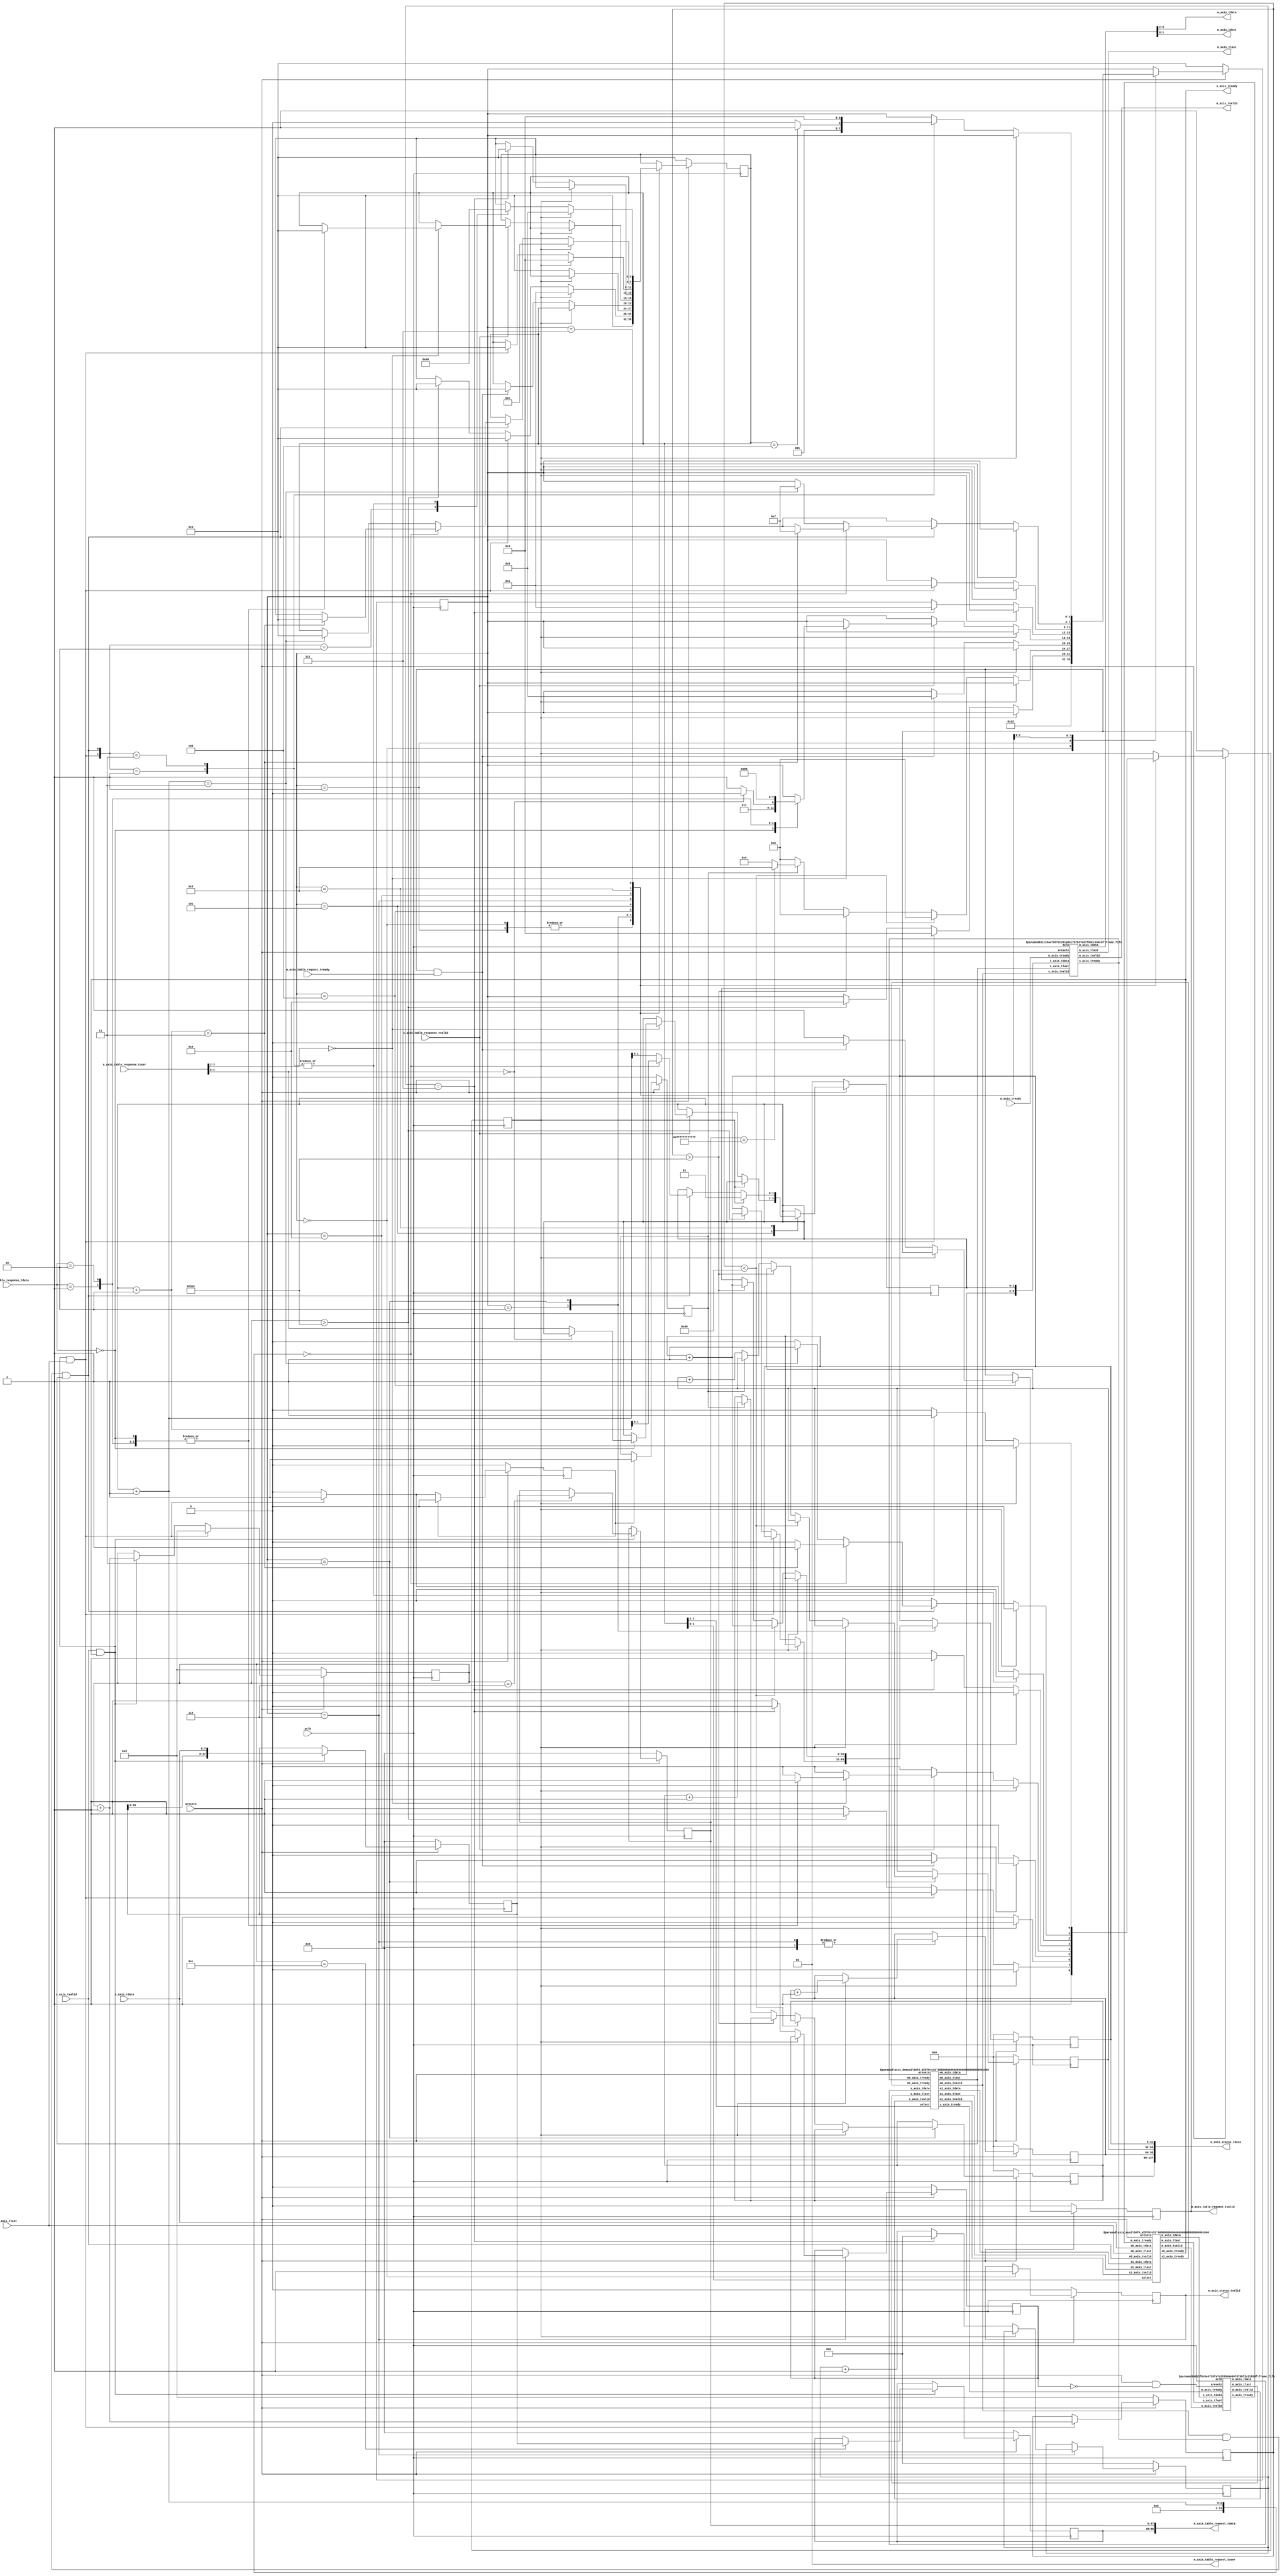
`timescale 1ns / 1ps
//////////////////////////////////////////////////////////////////////////////////
// Company:
// 
// Design Name: 
// Module Name: channel_in
// Project Name: eth_switch
// Target Devices:
// Tool Versions:
// Description: Input channel
// 
// Dependencies: 
// 
// Revision:
// Revision 0.01 - File Created
// Additional Comments:
// License: MIT
//  Copyright (c) 2020 Dmitry Matyunin
//  Permission is hereby granted, free of charge, to any person obtaining a copy
//  of this software and associated documentation files (the "Software"), to deal
//  in the Software without restriction, including without limitation the rights
//  to use, copy, modify, merge, publish, distribute, sublicense, and/or sell
//  copies of the Software, and to permit persons to whom the Software is
//  furnished to do so, subject to the following conditions:
//
//  The above copyright notice and this permission notice shall be included in
//  all copies or substantial portions of the Software.
//
//  THE SOFTWARE IS PROVIDED "AS IS", WITHOUT WARRANTY OF ANY KIND, EXPRESS OR
//  IMPLIED, INCLUDING BUT NOT LIMITED TO THE WARRANTIES OF MERCHANTABILITY
//  FITNESS FOR A PARTICULAR PURPOSE AND NONINFRINGEMENT. IN NO EVENT SHALL THE
//  AUTHORS OR COPYRIGHT HOLDERS BE LIABLE FOR ANY CLAIM, DAMAGES OR OTHER
//  LIABILITY, WHETHER IN AN ACTION OF CONTRACT, TORT OR OTHERWISE, ARISING FROM,
//  OUT OF OR IN CONNECTION WITH THE SOFTWARE OR THE USE OR OTHER DEALINGS IN
//  THE SOFTWARE.
// 
//////////////////////////////////////////////////////////////////////////////////

(* KEEP_HIERARCHY = "YES" *)
module channel_in #(
	parameter PORT_ADDR = 0,
	parameter PORT_HIGH = 3,
	parameter ETHERNET_MTU = 1500,
	parameter FLOODING_ENABLE = 1,
	parameter CRC_CHECK = 0,
	parameter PORT_WIDTH = $clog2(PORT_HIGH+1)
)
(
	input wire aclk,
	input wire aresetn,
	// Income frames
	input wire [7:0]s_axis_tdata,
	input wire s_axis_tvalid,
	output wire s_axis_tready,
	input wire s_axis_tlast,
	// Outcome frames
	output wire [7:0]m_axis_tdata,
	output wire [PORT_WIDTH-1:0]m_axis_tdest,
	output wire m_axis_tvalid,
	input wire m_axis_tready,
	output wire m_axis_tlast,
	// Table read request
	output wire [95:0]m_axis_table_request_tdata,
	output wire [PORT_WIDTH-1:0]m_axis_table_request_tuser,
	output wire m_axis_table_request_tvalid,
	input wire m_axis_table_request_tready,
	// Table read response
	input wire [3:0]s_axis_table_response_tdata,
	input wire [PORT_WIDTH*2-1:0]s_axis_table_response_tuser,
	input wire s_axis_table_response_tvalid,
	// Status: {frames, dropped, error_crc, error_len}
	output wire [127:0]m_axis_status_tdata,
	output wire m_axis_status_tvalid
);

localparam FRAME_HDR_SIZE = 14;
localparam FRAME_FCS_SIZE = 4;
localparam FRAME_SIZE_MIN = 64;
localparam FRAME_SIZE_MAX = ETHERNET_MTU + (FRAME_HDR_SIZE + FRAME_FCS_SIZE); // usually 1518

localparam [47:0]MAC_BROADCAST = 48'hFFFFFFFFFFFF;

localparam MAC_DST_THRE = 6;
localparam MAC_SRC_THRE = 12;

localparam [3:0]
	STATE_STARTUP = 0,
	STATE_IDLE = 1,
	STATE_INCOME = 2,
	STATE_CHECK = 3,
	STATE_ADDR_REQUEST = 4,
	STATE_ADDR_RESPONSE = 5,
	STATE_DROP = 6,
	STATE_OUTCOME = 7,
	STATE_BROADCAST = 8, 	// +FLOODING
	STATE_FLUSHING = 9;

localparam [1:0]
	MUX_NONE = 2'b00,
	MUX_EXT = 2'b01,
	MUX_LOOP = 2'b10,
	MUX_FLUSH = 2'b11;

localparam [1:0]
	DEMUX_NONE = 2'b00,
	DEMUX_EXT = 2'b01,
	DEMUX_LOOP = 2'b10,
	DEMUX_BROAD = 2'b11;

localparam [3:0]
	FLOW_FORBIDDEN = {DEMUX_NONE,MUX_NONE},
	FLOW_FLUSH = {DEMUX_NONE,MUX_FLUSH},
	FLOW_INCOMING = {DEMUX_NONE,MUX_EXT},
	FLOW_LOOPBACK = {DEMUX_BROAD,MUX_LOOP},
	FLOW_OUTCOMING = {DEMUX_EXT,MUX_NONE},
	FLOW_THROUGH = {DEMUX_EXT,MUX_EXT};

localparam [3:0]
	TABLE_STATUS_OK = 0,
	TABLE_STATUS_NOTINTABLE = 1,
	TABLE_STATUS_ERROR = 2;

/* Validation */
wire income_valid;
wire income_last;
wire outcome_valid;
wire outcome_last;

/* State machine */
reg [3:0]state;
reg state_new;
reg [15:0]byte_counter;
reg [3:0]flow;
reg [15:0]frame_len;

/* State tasks */
task set_state;
	input [3:0]state_next;
	begin
		state <= state_next;
		state_new <= 1'b1;
		flow <= FLOW_FORBIDDEN;
	end 
endtask

task clr_state;
	begin
		state_new <= 1'b0;
	end 
endtask

task set_flow;
	input [3:0]flow_next;
	begin
		flow <= flow_next;
	end 
endtask

/* MAC addresses */
reg [47:0]mac_tmp;
reg [47:0]mac_dst;
reg [47:0]mac_src;

/* Port destination */
reg [PORT_WIDTH-1:0]port_dst;

/* Status counters */
reg status_valid;
reg [31:0]status_frames;
reg [31:0]status_dropped;
reg [31:0]status_error_crc;
reg [31:0]status_error_len;

/* Status tasks */
task frames_inc; begin
	status_frames <= status_frames + 1;
end endtask

task dropped_inc; begin
	status_dropped <= status_dropped + 1;
end endtask

task error_crc_inc; begin
	status_error_crc <= status_error_crc + 1;
end endtask

task error_len_inc; begin
	status_error_len <= status_error_len + 1;
end endtask

/* MUX */
wire [7:0]mux_m_data;
wire mux_m_valid;
wire mux_m_ready;
wire mux_m_last;
wire [1:0]mux_select;

/* FIFO */
wire [7:0]fifo_data;
wire fifo_valid;
wire fifo_ready;
wire fifo_last;
reg fifo_rst;
reg [2:0]fifo_rcnt;

/* DEMUX */
wire [7:0]demux_m1_data;
wire demux_m1_valid;
wire demux_m1_ready;
wire demux_m1_last;
wire [1:0]demux_select;

/* FCS */
reg fcs_rst;
wire fcs_magic;
reg crc_valid;

/* Address resolve */
reg request_valid;
wire request_done;
wire response_valid;
wire [3:0]response_status;
wire [PORT_WIDTH-1:0]response_port_dst;
wire [PORT_WIDTH-1:0]response_port_src;

wire [7:0]m_axis_out_tdata;
wire [PORT_WIDTH-1:0]m_axis_out_tdest;
wire m_axis_out_tvalid;
wire m_axis_out_tready;
wire m_axis_out_tlast;

assign mux_select = flow[1:0];
assign demux_select = flow[3:2];

assign income_valid = s_axis_tvalid & s_axis_tready;
assign income_last = s_axis_tvalid & s_axis_tready & s_axis_tlast;
assign outcome_valid = m_axis_out_tvalid & m_axis_out_tready;
assign outcome_last = m_axis_out_tvalid & m_axis_out_tready & m_axis_out_tlast;

assign m_axis_out_tdest = port_dst;

assign m_axis_table_request_tdata = {mac_src,mac_dst};
assign m_axis_table_request_tuser = PORT_ADDR;
assign m_axis_table_request_tvalid = request_valid;

assign request_done = m_axis_table_request_tvalid & m_axis_table_request_tready;
assign response_valid = s_axis_table_response_tvalid;
assign response_status = s_axis_table_response_tdata[3:0];
assign response_port_dst = s_axis_table_response_tuser[PORT_WIDTH*1-1-:PORT_WIDTH];
assign response_port_src = s_axis_table_response_tuser[PORT_WIDTH*2-1-:PORT_WIDTH];

assign m_axis_status_tdata = {status_frames,status_dropped,status_error_crc,status_error_len};
assign m_axis_status_tvalid = status_valid;

/* Byte counter */
always @(posedge aclk) begin
	if (aresetn == 1'b0) begin
		byte_counter <= 0;
		frame_len <= 0;
	end else begin
		if (income_last == 1'b1) begin
			byte_counter <= 0;
			frame_len <= byte_counter + 1;
		end else begin
			if (income_valid == 1'b1) begin
				byte_counter <= byte_counter + 1;
			end
		end
	end
end

/* MAC Receiver */
always @(posedge aclk) begin
	if (aresetn == 1'b0) begin
		mac_tmp <= 0;
		mac_dst <= 0;
		mac_src <= 0;
	end else begin
		if (income_valid == 1'b1) begin
		    mac_tmp <= {mac_tmp[39:0],s_axis_tdata};
			case (byte_counter)
			MAC_DST_THRE: mac_dst <= mac_tmp;
			MAC_SRC_THRE: mac_src <= mac_tmp;
			default: begin
				mac_dst <= mac_dst;
				mac_src <= mac_src;
			end
			endcase
		end
	end
end

/* FCS Control */
always @(posedge aclk) begin
	if (aresetn == 1'b0) begin
		fcs_rst <= 1'b0;
		crc_valid <= 1'b0;
	end else begin
		if (fcs_rst == 1'b0) begin
			if (income_last == 1'b1)
				fcs_rst <= 1'b1;
		end else begin
			fcs_rst <= 1'b0;
			crc_valid <= fcs_magic;
		end
	end
end

/* Flow Control State Machine (FCSM) */
always @(posedge aclk) begin
	if (aresetn == 1'b0) begin
		set_state(STATE_STARTUP);
		request_valid <= 1'b0;
		port_dst <= 0;
		status_valid <= 1'b0;
		status_frames <= 0;
		status_dropped <= 0;
		status_error_crc <= 0;
		status_error_len <= 0;
		fifo_rst <= 1'b0;
		fifo_rcnt <= 0;
	end else begin
		case (state)
		STATE_STARTUP: begin
			status_valid <= 1'b1;
			set_state(STATE_IDLE);
		end
		STATE_IDLE: begin
			set_state(STATE_INCOME);
		end
		STATE_INCOME: begin
			if (state_new) begin
				set_flow(FLOW_INCOMING);
				clr_state();
			end else begin
				if (income_last) begin
					set_state(STATE_CHECK);
				end else begin
					if (byte_counter > FRAME_SIZE_MAX) begin
						set_state(STATE_FLUSHING);
						error_len_inc();
					end
				end
			end
		end
		STATE_CHECK: begin
			if (state_new) begin
				clr_state();
			end else begin
				if (frame_len < FRAME_SIZE_MIN) begin
					set_state(STATE_DROP);
					error_len_inc();
				end else if (frame_len > FRAME_SIZE_MAX) begin
					set_state(STATE_DROP);
					error_len_inc();
				end else begin
					if (crc_valid == 1'b1) begin
						frames_inc();
						if (mac_dst == MAC_BROADCAST) begin
							set_state(STATE_BROADCAST);
						end else begin
							set_state(STATE_ADDR_REQUEST);
						end
					end else begin
						set_state(STATE_DROP);
						error_crc_inc();
					end
				end
			end
		end
		STATE_ADDR_REQUEST: begin
			if (state_new) begin
				clr_state();
			end else begin
				if (request_done == 1'b1) begin
					request_valid <= 1'b0;
					set_state(STATE_ADDR_RESPONSE);
				end else begin
					request_valid <= 1'b1;
				end
			end
		end
		STATE_ADDR_RESPONSE: begin
			if (state_new) begin
				clr_state();
			end else begin
				if (response_valid == 1'b1) begin
					if (response_port_src == PORT_ADDR) begin
						case (response_status)
						TABLE_STATUS_OK: begin
							if (response_port_dst == PORT_ADDR) begin
								set_state(STATE_DROP);
							end else begin
								port_dst <= response_port_dst;
								set_state(STATE_OUTCOME);
							end
						end
						TABLE_STATUS_NOTINTABLE: begin
							if (FLOODING_ENABLE) begin
								set_state(STATE_BROADCAST);
							end else begin
							 	set_state(STATE_DROP);
							end
						end
						TABLE_STATUS_ERROR: begin
							set_state(STATE_DROP);
						end
						endcase
					end
				end
			end
		end
		STATE_DROP: begin
			if (state_new) begin
				clr_state();
				dropped_inc();
			end else begin
				if (fifo_rcnt == 3'b111) begin
					fifo_rcnt <= 0;
					fifo_rst <= 1'b0;
					set_state(STATE_IDLE);
				end else begin
					fifo_rst <= 1'b1;
					fifo_rcnt <= fifo_rcnt + 1;
				end
			end
		end
		STATE_FLUSHING: begin
			if (state_new) begin
				clr_state();
				set_flow(FLOW_FLUSH);
				dropped_inc();
			end else begin
				if (income_last) begin
					set_state(STATE_IDLE);
				end
			end
		end
		STATE_BROADCAST: begin
			if (state_new) begin
				if (PORT_ADDR) begin
					port_dst <= 0;
				end else begin
					port_dst <= 1;
				end
				set_flow(FLOW_LOOPBACK);
				clr_state();
			end else begin
				if (outcome_last == 1'b1) begin
					if ((port_dst + 1) == PORT_ADDR) begin
						port_dst <= port_dst + 2;
					end else begin
						port_dst <= port_dst + 1;
					end
				
					if (PORT_ADDR == PORT_HIGH) begin
						if ((port_dst + 1) == (PORT_HIGH - 1)) begin
							set_state(STATE_OUTCOME);
						end
					end else begin
						if ((port_dst + 1) == PORT_ADDR) begin
							if ((port_dst + 2) == PORT_HIGH) begin
								set_state(STATE_OUTCOME);
							end
						end else begin
							if ((port_dst + 1) == PORT_HIGH) begin
								set_state(STATE_OUTCOME);
							end
						end
					end
				end
 			end
		end
		STATE_OUTCOME: begin
			if (state_new) begin
				clr_state();
				set_flow(FLOW_THROUGH);
			end else begin
				case ({income_last,outcome_last})
					2'b01: begin
						if (flow == FLOW_OUTCOMING) begin
							set_state(STATE_CHECK);
						end else begin
							set_state(STATE_INCOME);
						end
					end
					2'b10: begin
						set_flow(FLOW_OUTCOMING);
					end
					2'b11: begin
						set_state(STATE_CHECK);
					end
					default: ;
				endcase
			end
		end
		endcase
	end
end

generate if (CRC_CHECK) begin
	frame_fcs #(
		.DATA_WIDTH(8),
		.OUTPUT_REG(1),
		.REFIN(1),
		.REFOUT(1),
		.XOROUT(1)
	) frame_fcs_inst (
		.clk(aclk),
		.rst(~aresetn | fcs_rst),
		.enable(income_valid),
		.data(s_axis_tdata),
		.fcs(),
		.magic(fcs_magic)
	);
end else begin
	assign fcs_magic = 1'b1;
end endgenerate

axis_mux2 #(
	.DATA_WIDTH(8)
) axis_mux2_inst (
	.aresetn(aresetn),
	.s0_axis_tdata(s_axis_tdata),
	.s0_axis_tvalid(s_axis_tvalid),
	.s0_axis_tready(s_axis_tready),
	.s0_axis_tlast(s_axis_tlast),
	.s1_axis_tdata(demux_m1_data),
	.s1_axis_tvalid(demux_m1_valid),
	.s1_axis_tready(demux_m1_ready),
	.s1_axis_tlast(demux_m1_last),
	.m_axis_tdata(mux_m_data),
	.m_axis_tvalid(mux_m_valid),
	.m_axis_tready(mux_m_ready),
	.m_axis_tlast(mux_m_last),
	.select(mux_select)
);

frame_fifo #(
	.PACKET_MODE(1),
	.PACKET_MAXNUM(2),
	.DATA_WIDTH(8),
	.FIFO_DEPTH(2048),
	.RAM_STYLE("block")
) frame_fifo_in_inst (
	.aclk(aclk),
	.aresetn(aresetn & ~fifo_rst),
	.s_axis_tdata(mux_m_data),
	.s_axis_tvalid(mux_m_valid),
	.s_axis_tready(mux_m_ready),
	.s_axis_tlast(mux_m_last),
	.m_axis_tdata(fifo_data),
	.m_axis_tvalid(fifo_valid),
	.m_axis_tready(fifo_ready),
	.m_axis_tlast(fifo_last)
);

axis_demux2 #(
	.DATA_WIDTH(8)
) axis_demux2_inst (
	.aresetn(aresetn),
	.s_axis_tdata(fifo_data),
	.s_axis_tvalid(fifo_valid),
	.s_axis_tready(fifo_ready),
	.s_axis_tlast(fifo_last),
	.m0_axis_tdata(m_axis_out_tdata),
	.m0_axis_tvalid(m_axis_out_tvalid),
	.m0_axis_tready(m_axis_out_tready),
	.m0_axis_tlast(m_axis_out_tlast),
	.m1_axis_tdata(demux_m1_data),
	.m1_axis_tvalid(demux_m1_valid),
	.m1_axis_tready(demux_m1_ready),
	.m1_axis_tlast(demux_m1_last),
	.select(demux_select)
);

frame_fifo #(
	.PACKET_MODE(0),
	.PACKET_MAXNUM(1),
	.DATA_WIDTH(8+PORT_WIDTH),
	.FIFO_DEPTH(16),
	.RAM_STYLE("distributed")
) frame_fifo_out_inst (
	.aclk(aclk),
	.aresetn(aresetn),
	.s_axis_tdata({m_axis_out_tdata,m_axis_out_tdest}),
	.s_axis_tvalid(m_axis_out_tvalid),
	.s_axis_tready(m_axis_out_tready),
	.s_axis_tlast(m_axis_out_tlast),
	.m_axis_tdata({m_axis_tdata,m_axis_tdest}),
	.m_axis_tvalid(m_axis_tvalid),
	.m_axis_tready(m_axis_tready),
	.m_axis_tlast(m_axis_tlast)
);

endmodule

//////////////////////////////////////////////////////////////////////////////////
// Module Name: axis_mux2
// Project Name: eth_switch
// Description: AXI4-Stream Multiplexer 2-to-1
//////////////////////////////////////////////////////////////////////////////////
module axis_mux2 #(
	parameter DATA_WIDTH = 8
)
(
	input wire aresetn,
	input wire [DATA_WIDTH-1:0]s0_axis_tdata,
	input wire s0_axis_tvalid,
	output wire s0_axis_tready,
	input wire s0_axis_tlast,
	input wire [DATA_WIDTH-1:0]s1_axis_tdata,
	input wire s1_axis_tvalid,
	output wire s1_axis_tready,
	input wire s1_axis_tlast,
	output wire [DATA_WIDTH-1:0]m_axis_tdata,
	output wire m_axis_tvalid,
	input wire m_axis_tready,
	output wire m_axis_tlast,
	input wire [1:0]select
);

reg [DATA_WIDTH-1:0]tdata;
reg tvalid;
reg [1:0]tready;
reg tlast;

assign s0_axis_tready = tready[0];
assign s1_axis_tready = tready[1];
assign m_axis_tdata = tdata;
assign m_axis_tvalid = tvalid;
assign m_axis_tlast = tlast;

always @(*) begin
	if (aresetn == 1'b0) begin
		tdata <= 0;
		tvalid <= 1'b0;
		tready <= 2'b00;
		tlast <= 1'b0;
	end else begin
		case (select)
		2'b00: begin // none
			tdata <= 0;
			tvalid <= 1'b0;
			tready <= 2'b00;
			tlast <= 1'b0;
		end
		2'b01: begin // s0
			tdata <= s0_axis_tdata;
			tvalid <= s0_axis_tvalid;
			tready <= {1'b0,m_axis_tready};
			tlast <= s0_axis_tlast;
		end
		2'b10: begin //s1
			tdata <= s1_axis_tdata;
			tvalid <= s1_axis_tvalid;
			tready <= {m_axis_tready,1'b0};
			tlast <= s1_axis_tlast;
		end
		2'b11: begin // flush all
			tdata <= 0;
			tvalid <= 1'b0;
			tready <= 2'b11;
			tlast <= 1'b0;
		end
		endcase
	end
end

endmodule

//////////////////////////////////////////////////////////////////////////////////
// Module Name: axis_demux2
// Project Name: eth_switch
// Description: AXI4-Stream Demultiplexer 1-to-2
//////////////////////////////////////////////////////////////////////////////////
module axis_demux2 #(
	parameter DATA_WIDTH = 8
)
(
	input wire aresetn,
	input wire [DATA_WIDTH-1:0]s_axis_tdata,
	input wire s_axis_tvalid,
	output wire s_axis_tready,
	input wire s_axis_tlast,
	output wire [DATA_WIDTH-1:0]m0_axis_tdata,
	output wire m0_axis_tvalid,
	input wire m0_axis_tready,
	output wire m0_axis_tlast,
	output wire [DATA_WIDTH-1:0]m1_axis_tdata,
	output wire m1_axis_tvalid,
	input wire m1_axis_tready,
	output wire m1_axis_tlast,
	input wire [1:0]select
);

reg tready;
reg [DATA_WIDTH-1:0]tdata[1:0];
reg [1:0]tvalid;
reg [1:0]tlast;

assign s_axis_tready = tready;
assign m0_axis_tdata = tdata[0];
assign m0_axis_tvalid = tvalid[0];
assign m0_axis_tlast = tlast[0];
assign m1_axis_tdata = tdata[1];
assign m1_axis_tvalid = tvalid[1];
assign m1_axis_tlast = tlast[1];

always @(*) begin
	if (aresetn == 1'b0) begin
		tready <= 1'b0;
		tdata[0] <= 0;
		tdata[1] <= 0;
		tvalid <= 2'b00;
		tlast <= 2'b00;
	end else begin
		case (select)
			2'b00: begin // none
				tdata[0] <= 0;
				tdata[1] <= 0;
				tready <= 1'b0;
				tvalid <= 2'b00;
				tlast <= 2'b00;
			end
			2'b01: begin // m0
				tdata[0] <= s_axis_tdata;
				tdata[1] <= 0;
				tready <= m0_axis_tready;
				tvalid <= {1'b0,s_axis_tvalid};
				tlast <= {1'b0,s_axis_tlast};
			end
			2'b10: begin // m1
				tdata[0] <= 0;
				tdata[1] <= s_axis_tdata;
				tready <= m1_axis_tready;
				tvalid <= {s_axis_tvalid,1'b0};
				tlast <= {s_axis_tlast,1'b0};
			end
			2'b11: begin // m0 & m1 (broadcast)
				tdata[0] <= s_axis_tdata;
				tdata[1] <= s_axis_tdata;
				tready <= m0_axis_tready & m1_axis_tready;
				tvalid <= {s_axis_tvalid,s_axis_tvalid} & {tready,tready};
				tlast <= {2{s_axis_tlast}};
			end
		
		endcase
	end
end

endmodule

//////////////////////////////////////////////////////////////////////////////////
// Module Name: frame_fcs
// Project Name: eth_switch
// Description: CRC-32 Calculation
//  CRC Name: CRC-32
//  Polynomial: 0x04C11DB7 (1+x^1+x^2+x^4+x^5+x^7+x^8+x^10+x^11+x^12+x^16+x^22+x^23+x^26+x^32)
//  Magic number: 0xC704DD7B
//////////////////////////////////////////////////////////////////////////////////
module frame_fcs #(
	parameter OUTPUT_REG = 1,
	parameter REFIN = 1,
	parameter REFOUT = 1,
	parameter XOROUT = 1
)
(
	input wire clk,
	input wire rst,
	input wire enable,
	input wire [7:0]data,
	output wire [31:0]fcs,
	output wire magic
);

localparam MAGIC_NUMBER = 32'hC704DD7B;

reg [31:0]fcs_q;
reg [31:0]lfsr_q;
reg [31:0]lfsr_c;
reg magic_q;
wire [7:0]data_in;
wire [31:0]lfsr_r;
wire [31:0]lfsr_x;
wire [31:0]lfsr_s;

assign lfsr_r = (REFOUT) ? {
					lfsr_c[0],lfsr_c[1],lfsr_c[2],lfsr_c[3],lfsr_c[4],lfsr_c[5],lfsr_c[6],lfsr_c[7],
					lfsr_c[8],lfsr_c[9],lfsr_c[10],lfsr_c[11],lfsr_c[12],lfsr_c[13],lfsr_c[14],lfsr_c[15],
					lfsr_c[16],lfsr_c[17],lfsr_c[18],lfsr_c[19],lfsr_c[20],lfsr_c[21],lfsr_c[22],lfsr_c[23],
					lfsr_c[24],lfsr_c[25],lfsr_c[26],lfsr_c[27],lfsr_c[28],lfsr_c[29],lfsr_c[30],lfsr_c[31] } 
				: lfsr_c;

assign lfsr_x = (XOROUT) ?  lfsr_r ^ 32'hFFFFFFFF : lfsr_r;
assign lfsr_s = lfsr_x;

assign fcs = fcs_q;
assign magic = magic_q;
assign data_in = (REFIN) ? {data[0],data[1],data[2],data[3],data[4],data[5],data[6],data[7]} : data;

always @(*) begin
	lfsr_c[0] = lfsr_q[24] ^ lfsr_q[30] ^ data_in[0] ^ data_in[6];
	lfsr_c[1] = lfsr_q[24] ^ lfsr_q[25] ^ lfsr_q[30] ^ lfsr_q[31] ^ data_in[0] ^ data_in[1] ^ data_in[6] ^ data_in[7];
	lfsr_c[2] = lfsr_q[24] ^ lfsr_q[25] ^ lfsr_q[26] ^ lfsr_q[30] ^ lfsr_q[31] ^ data_in[0] ^ data_in[1] ^ data_in[2] ^ data_in[6] ^ data_in[7];
	lfsr_c[3] = lfsr_q[25] ^ lfsr_q[26] ^ lfsr_q[27] ^ lfsr_q[31] ^ data_in[1] ^ data_in[2] ^ data_in[3] ^ data_in[7];
	lfsr_c[4] = lfsr_q[24] ^ lfsr_q[26] ^ lfsr_q[27] ^ lfsr_q[28] ^ lfsr_q[30] ^ data_in[0] ^ data_in[2] ^ data_in[3] ^ data_in[4] ^ data_in[6];
	lfsr_c[5] = lfsr_q[24] ^ lfsr_q[25] ^ lfsr_q[27] ^ lfsr_q[28] ^ lfsr_q[29] ^ lfsr_q[30] ^ lfsr_q[31] ^ data_in[0] ^ data_in[1] ^ data_in[3] ^ data_in[4] ^ data_in[5] ^ data_in[6] ^ data_in[7];
	lfsr_c[6] = lfsr_q[25] ^ lfsr_q[26] ^ lfsr_q[28] ^ lfsr_q[29] ^ lfsr_q[30] ^ lfsr_q[31] ^ data_in[1] ^ data_in[2] ^ data_in[4] ^ data_in[5] ^ data_in[6] ^ data_in[7];
	lfsr_c[7] = lfsr_q[24] ^ lfsr_q[26] ^ lfsr_q[27] ^ lfsr_q[29] ^ lfsr_q[31] ^ data_in[0] ^ data_in[2] ^ data_in[3] ^ data_in[5] ^ data_in[7];
	lfsr_c[8] = lfsr_q[0] ^ lfsr_q[24] ^ lfsr_q[25] ^ lfsr_q[27] ^ lfsr_q[28] ^ data_in[0] ^ data_in[1] ^ data_in[3] ^ data_in[4];
	lfsr_c[9] = lfsr_q[1] ^ lfsr_q[25] ^ lfsr_q[26] ^ lfsr_q[28] ^ lfsr_q[29] ^ data_in[1] ^ data_in[2] ^ data_in[4] ^ data_in[5];
	lfsr_c[10] = lfsr_q[2] ^ lfsr_q[24] ^ lfsr_q[26] ^ lfsr_q[27] ^ lfsr_q[29] ^ data_in[0] ^ data_in[2] ^ data_in[3] ^ data_in[5];
	lfsr_c[11] = lfsr_q[3] ^ lfsr_q[24] ^ lfsr_q[25] ^ lfsr_q[27] ^ lfsr_q[28] ^ data_in[0] ^ data_in[1] ^ data_in[3] ^ data_in[4];
	lfsr_c[12] = lfsr_q[4] ^ lfsr_q[24] ^ lfsr_q[25] ^ lfsr_q[26] ^ lfsr_q[28] ^ lfsr_q[29] ^ lfsr_q[30] ^ data_in[0] ^ data_in[1] ^ data_in[2] ^ data_in[4] ^ data_in[5] ^ data_in[6];
	lfsr_c[13] = lfsr_q[5] ^ lfsr_q[25] ^ lfsr_q[26] ^ lfsr_q[27] ^ lfsr_q[29] ^ lfsr_q[30] ^ lfsr_q[31] ^ data_in[1] ^ data_in[2] ^ data_in[3] ^ data_in[5] ^ data_in[6] ^ data_in[7];
	lfsr_c[14] = lfsr_q[6] ^ lfsr_q[26] ^ lfsr_q[27] ^ lfsr_q[28] ^ lfsr_q[30] ^ lfsr_q[31] ^ data_in[2] ^ data_in[3] ^ data_in[4] ^ data_in[6] ^ data_in[7];
	lfsr_c[15] = lfsr_q[7] ^ lfsr_q[27] ^ lfsr_q[28] ^ lfsr_q[29] ^ lfsr_q[31] ^ data_in[3] ^ data_in[4] ^ data_in[5] ^ data_in[7];
	lfsr_c[16] = lfsr_q[8] ^ lfsr_q[24] ^ lfsr_q[28] ^ lfsr_q[29] ^ data_in[0] ^ data_in[4] ^ data_in[5];
	lfsr_c[17] = lfsr_q[9] ^ lfsr_q[25] ^ lfsr_q[29] ^ lfsr_q[30] ^ data_in[1] ^ data_in[5] ^ data_in[6];
	lfsr_c[18] = lfsr_q[10] ^ lfsr_q[26] ^ lfsr_q[30] ^ lfsr_q[31] ^ data_in[2] ^ data_in[6] ^ data_in[7];
	lfsr_c[19] = lfsr_q[11] ^ lfsr_q[27] ^ lfsr_q[31] ^ data_in[3] ^ data_in[7];
	lfsr_c[20] = lfsr_q[12] ^ lfsr_q[28] ^ data_in[4];
	lfsr_c[21] = lfsr_q[13] ^ lfsr_q[29] ^ data_in[5];
	lfsr_c[22] = lfsr_q[14] ^ lfsr_q[24] ^ data_in[0];
	lfsr_c[23] = lfsr_q[15] ^ lfsr_q[24] ^ lfsr_q[25] ^ lfsr_q[30] ^ data_in[0] ^ data_in[1] ^ data_in[6];
	lfsr_c[24] = lfsr_q[16] ^ lfsr_q[25] ^ lfsr_q[26] ^ lfsr_q[31] ^ data_in[1] ^ data_in[2] ^ data_in[7];
	lfsr_c[25] = lfsr_q[17] ^ lfsr_q[26] ^ lfsr_q[27] ^ data_in[2] ^ data_in[3];
	lfsr_c[26] = lfsr_q[18] ^ lfsr_q[24] ^ lfsr_q[27] ^ lfsr_q[28] ^ lfsr_q[30] ^ data_in[0] ^ data_in[3] ^ data_in[4] ^ data_in[6];
	lfsr_c[27] = lfsr_q[19] ^ lfsr_q[25] ^ lfsr_q[28] ^ lfsr_q[29] ^ lfsr_q[31] ^ data_in[1] ^ data_in[4] ^ data_in[5] ^ data_in[7];
	lfsr_c[28] = lfsr_q[20] ^ lfsr_q[26] ^ lfsr_q[29] ^ lfsr_q[30] ^ data_in[2] ^ data_in[5] ^ data_in[6];
	lfsr_c[29] = lfsr_q[21] ^ lfsr_q[27] ^ lfsr_q[30] ^ lfsr_q[31] ^ data_in[3] ^ data_in[6] ^ data_in[7];
	lfsr_c[30] = lfsr_q[22] ^ lfsr_q[28] ^ lfsr_q[31] ^ data_in[4] ^ data_in[7];
	lfsr_c[31] = lfsr_q[23] ^ lfsr_q[29] ^ data_in[5];
end

generate if (OUTPUT_REG) begin
	always @(posedge clk) begin
		if (rst == 1'b1) begin
			lfsr_q <= 32'hFFFFFFFF;
			fcs_q <= 0;
			magic_q <= 1'b0;
		end else begin
			lfsr_q <= enable ? lfsr_c : lfsr_q;
			fcs_q <= enable ? lfsr_s : fcs_q; // x
			magic_q <= (lfsr_c == MAGIC_NUMBER) ? 1'b1 : 1'b0;
		end
	end
end else begin
	always @(posedge clk) begin
		if (rst == 1'b1) begin
			lfsr_q <= 32'hFFFFFFFF;
		end else begin
			lfsr_q <= enable ? lfsr_c : lfsr_q;
		end
	end
	always @(*) begin
		fcs_q <= enable ? lfsr_s : fcs_q; // x
		magic_q <= (lfsr_c == MAGIC_NUMBER) ? 1'b1 : 1'b0;
	end	
end endgenerate
  
endmodule

//////////////////////////////////////////////////////////////////////////////////
// Module Name: frame_fifo
// Project Name: eth_switch
// Description: AXI4-Stream Packet FIFO
//////////////////////////////////////////////////////////////////////////////////
module frame_fifo #(
	parameter PACKET_MODE = 0,
	parameter PACKET_MAXNUM = 32, // MAX
	parameter DATA_WIDTH = 8,
	parameter FIFO_DEPTH = 2048,
	parameter RAM_STYLE = "block"
)
(
	input wire aclk,
	input wire aresetn,
	input wire [DATA_WIDTH-1:0]s_axis_tdata,
	input wire s_axis_tvalid,
	output wire s_axis_tready,
	input wire s_axis_tlast,
	output wire [DATA_WIDTH-1:0]m_axis_tdata,
	output wire m_axis_tvalid,
	input wire m_axis_tready,
	output wire m_axis_tlast
);

wire [DATA_WIDTH:0]fifo_di;
wire [DATA_WIDTH:0]fifo_do;
wire fifo_empty;
wire fifo_wren;
wire fifo_full;
wire fifo_rden;

reg [5:0]nrp;
wire ready;
wire valid;
wire pkt_in_last;
wire pkt_out_last;

assign fifo_di = {s_axis_tlast, s_axis_tdata};
assign m_axis_tdata = fifo_do[DATA_WIDTH-1:0];
assign m_axis_tlast = fifo_do[DATA_WIDTH];
assign s_axis_tready = ~fifo_full & ready;
assign m_axis_tvalid = ~fifo_empty & valid;
assign fifo_wren = s_axis_tvalid & s_axis_tready;
assign fifo_rden = m_axis_tvalid & m_axis_tready; 

generate if (PACKET_MODE) begin
	assign pkt_in_last = (s_axis_tvalid == 1'b1) && (s_axis_tready == 1'b1) && (s_axis_tlast == 1'b1);
	assign pkt_out_last = (m_axis_tvalid == 1'b1) && (m_axis_tready == 1'b1) && (m_axis_tlast == 1'b1);
	assign ready = (nrp < PACKET_MAXNUM) ? 1'b1 : 1'b0;
	assign valid = (nrp > 0) ? 1'b1 : 1'b0;
end else begin
	assign pkt_in_last = 1'b0;
	assign pkt_out_last = 1'b0;
	assign ready = 1'b1;
	assign valid = 1'b1;
end endgenerate

generate if (PACKET_MODE) begin
	always @(posedge aclk) begin
		if (aresetn == 1'b0) begin
			nrp <= 0;
		end else begin
			case ({pkt_in_last,pkt_out_last})
			2'b01: begin
				if (nrp > 0) begin
					nrp <= nrp - 1;
				end
			end
			2'b10: begin
				if (nrp < PACKET_MAXNUM) begin
					nrp <= nrp + 1;
				end
			end
			default: begin
				nrp <= nrp;
			end
			endcase
		end
	end
end endgenerate

localparam FIFO_WIDTH = DATA_WIDTH + 1;
localparam ADDR_WIDTH = $clog2(FIFO_DEPTH);

/* RAM */
(* ram_style = RAM_STYLE *)
reg [FIFO_WIDTH-1:0]ram[2**ADDR_WIDTH-1:0];
wire [FIFO_WIDTH-1:0]ram_dina;
wire [ADDR_WIDTH-1:0]ram_addra;
wire [ADDR_WIDTH-1:0]ram_addrb;
wire ram_wea;
wire ram_reb;
reg [FIFO_WIDTH-1:0]ram_doutb;
integer i;

/* FIFO */
reg [ADDR_WIDTH-1:0]wr_ptr;
reg [ADDR_WIDTH-1:0]rd_ptr;
reg [ADDR_WIDTH:0]count;
reg flag_full;
reg flag_empty;
reg dout_valid;
wire wr_valid;
wire rd_valid;
wire tmp_rd_en;

/* RAM */
assign ram_dina = fifo_di;
assign ram_addra = wr_ptr;
assign ram_addrb = rd_ptr;
assign ram_wea = wr_valid;
assign ram_reb = rd_valid;
assign fifo_do = ram_doutb;

/* FIFO */
assign wr_valid = fifo_wren & ~flag_full;
assign rd_valid = tmp_rd_en & ~flag_empty;
assign fifo_full = flag_full;
//assign valid = dout_valid;

assign fifo_empty = !dout_valid;
assign tmp_rd_en = !flag_empty && (!dout_valid || fifo_rden);

/* SDPRAM */
initial begin
	for (i = 0; i < 2**ADDR_WIDTH; i = i + 1) begin
		ram[i] = 0;
	end
end

always @(posedge aclk) begin
	if (ram_wea) begin
		ram[ram_addra] <= ram_dina;
	end
	if (ram_reb) begin
		ram_doutb <= ram[ram_addrb];
	end
end

/* FIFO */
always @(posedge aclk) begin
	if (aresetn == 1'b0) begin
		wr_ptr <= 0;
		rd_ptr <= 0;
		count <= 0;
	end else begin
		if (wr_valid == 1'b1) begin
			if (wr_ptr == (FIFO_DEPTH - 1)) begin
				wr_ptr <= 0;
			end else begin
				wr_ptr <= wr_ptr + 1;
			end
		end
		if (rd_valid == 1'b1) begin
			if (rd_ptr == (FIFO_DEPTH - 1)) begin
				rd_ptr <= 0;
			end else begin
				rd_ptr <= rd_ptr + 1;
			end
		end
		case ({wr_valid,rd_valid})
		2'b01: count <= count - 1;
		2'b10: count <= count + 1;
		endcase
	end
end

always @(*) begin
	if (aresetn == 1'b0) begin
		flag_full = 1'b1;
		flag_empty = 1'b1;
	end else begin
		flag_full = (count == FIFO_DEPTH) ? 1'b1 : 1'b0;
		flag_empty = (count == 0) ? 1'b1 : 1'b0;
	end
end

always @(posedge aclk) begin
	if (aresetn == 1'b0) begin
		dout_valid <= 1'b0;
	end else begin
		if (tmp_rd_en == 1'b1) begin
			dout_valid <= 1'b1;
		end else if (fifo_rden == 1'b1) begin
			dout_valid <= 1'b0;
		end
	end
end

endmodule